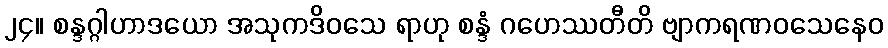
၂၄။ စန္ဒဂ္ဂါဟာဒယော အသုကဒိဝသေ ရာဟု စန္ဒံ ဂဟေဿတီတိ ဗျာကရဏဝသေနေဝ